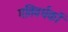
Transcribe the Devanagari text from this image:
गतिवर्धकों